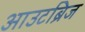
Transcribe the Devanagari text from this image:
आउटब्रिज